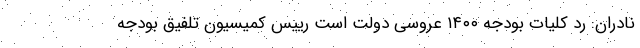
نادران: رد کلیات بودجه ۱۴۰۰ عروسی دولت است رییس کمیسیون تلفیق بودجه